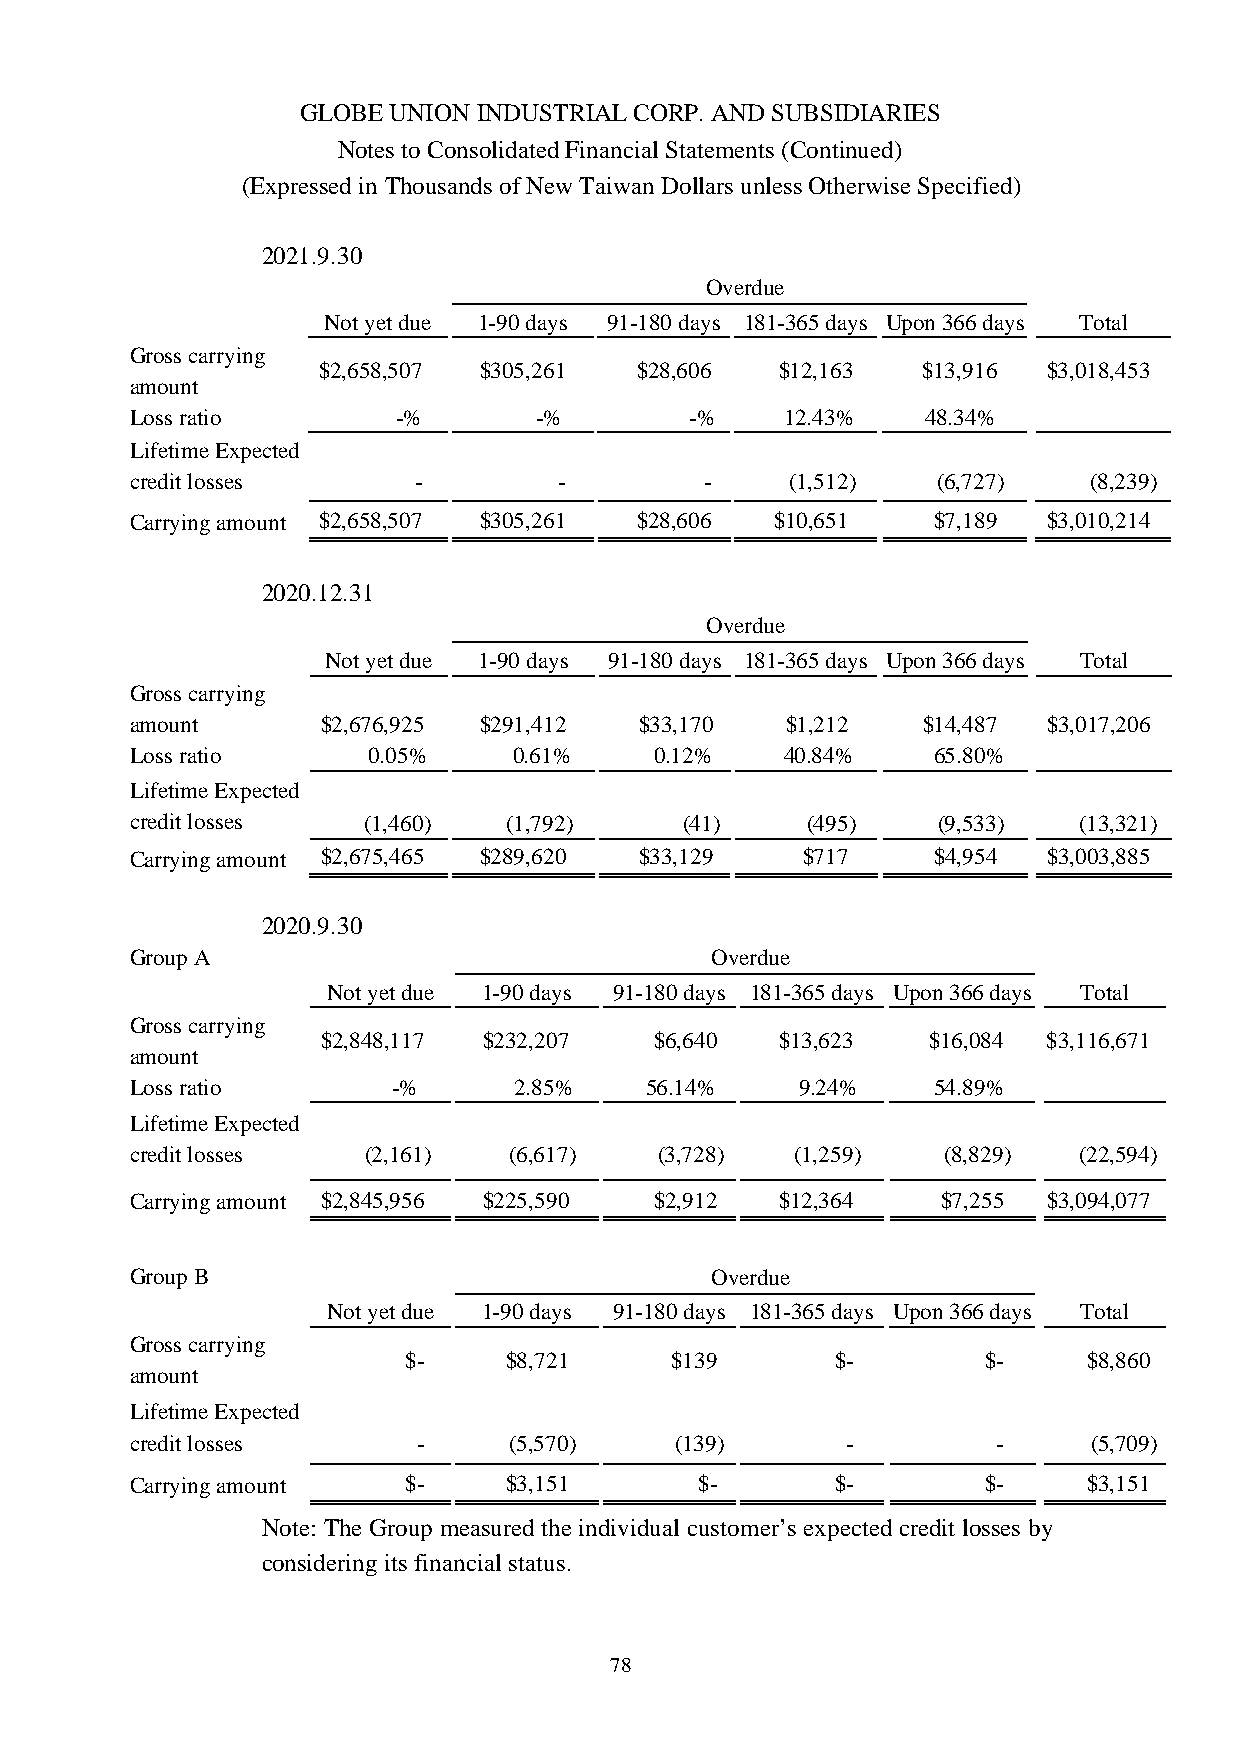
GLOBE UNION INDUSTRIAL CORP. AND SUBSIDIARIES
 Notes to Consolidated Financial Statements (Continued)
 (Expressed in Thousands of New Taiwan Dollars unless Otherwise Specified)
 2021.9.30
 Overdue
 Not yet due 1-90 days 91-180 days 181-365 days Upon 366 days Total
 Gross carrying
 $2,658,507 $305,261  $28,606   $12,163  $13,916 $3,018,453
 amount
 Loss ratio       -%       -%         -%    12.43%   48.34%
 Lifetime Expected
 credit losses     -         -         -    (1,512)   (6,727)   (8,239)
 Carrying amount $2,658,507 $305,261 $28,606 $10,651  $7,189 $3,010,214
 2020.12.31
 Overdue
 Not yet due 1-90 days 91-180 days 181-365 days Upon 366 days Total
 Gross carrying
 amount      $2,676,925 $291,412  $33,170   $1,212   $14,487 $3,017,206
 Loss ratio     0.05%     0.61%    0.12%    40.84%    65.80%
 Lifetime Expected
 credit losses  (1,460)   (1,792)    (41)    (495)    (9,533)  (13,321)
 Carrying amount $2,675,465 $289,620 $33,129 $717     $4,954 $3,003,885
 2020.9.30
 Group A                               Overdue
 Not yet due 1-90 days 91-180 days 181-365 days Upon 366 days Total
 Gross carrying
 $2,848,117 $232,207   $6,640   $13,623  $16,084 $3,116,671
 amount
 Loss ratio       -%      2.85%    56.14%    9.24%    54.89%
 Lifetime Expected
 credit losses  (2,161)   (6,617)  (3,728)   (1,259)  (8,829)  (22,594)
 Carrying amount $2,845,956 $225,590 $2,912 $12,364   $7,255 $3,094,077
 Group B                               Overdue
 Not yet due 1-90 days 91-180 days 181-365 days Upon 366 days Total
 Gross carrying
 $-    $8,721     $139       $-        $-     $8,860
 amount
 Lifetime Expected
 credit losses      -     (5,570)    (139)      -         -     (5,709)
 Carrying amount   $-    $3,151       $-       $-        $-     $3,151
 Note: The Group measured the individual customer’s expected credit losses by
 considering its financial status.
 78